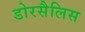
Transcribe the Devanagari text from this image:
डोरसैलिस